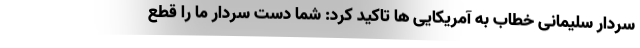
سردار سلیمانی خطاب به آمریکایی ها تاکید کرد: شما دست سردار ما را قطع